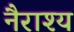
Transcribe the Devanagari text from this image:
नैराश्‍य